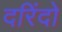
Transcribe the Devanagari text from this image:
दरिंदो